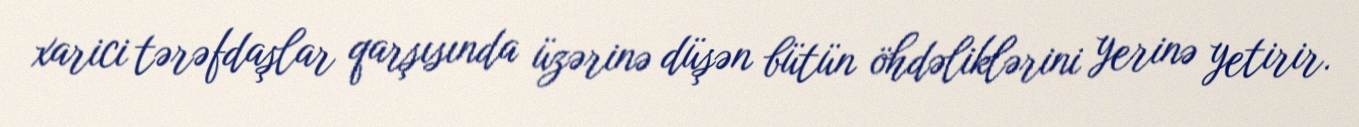
xarici tərəfdaşlar qarşısında üzərinə düşən bütün öhdəliklərini yerinə yetirir.